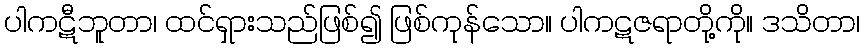
ပါကဋီဘူတာ၊ ထင်ရှားသည်ဖြစ်၍ ဖြစ်ကုန်သော။ ပါကဋဇရာတို့ကို။ ဒသိတာ၊